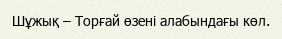
Шұжық – Торғай өзені алабындағы көл.